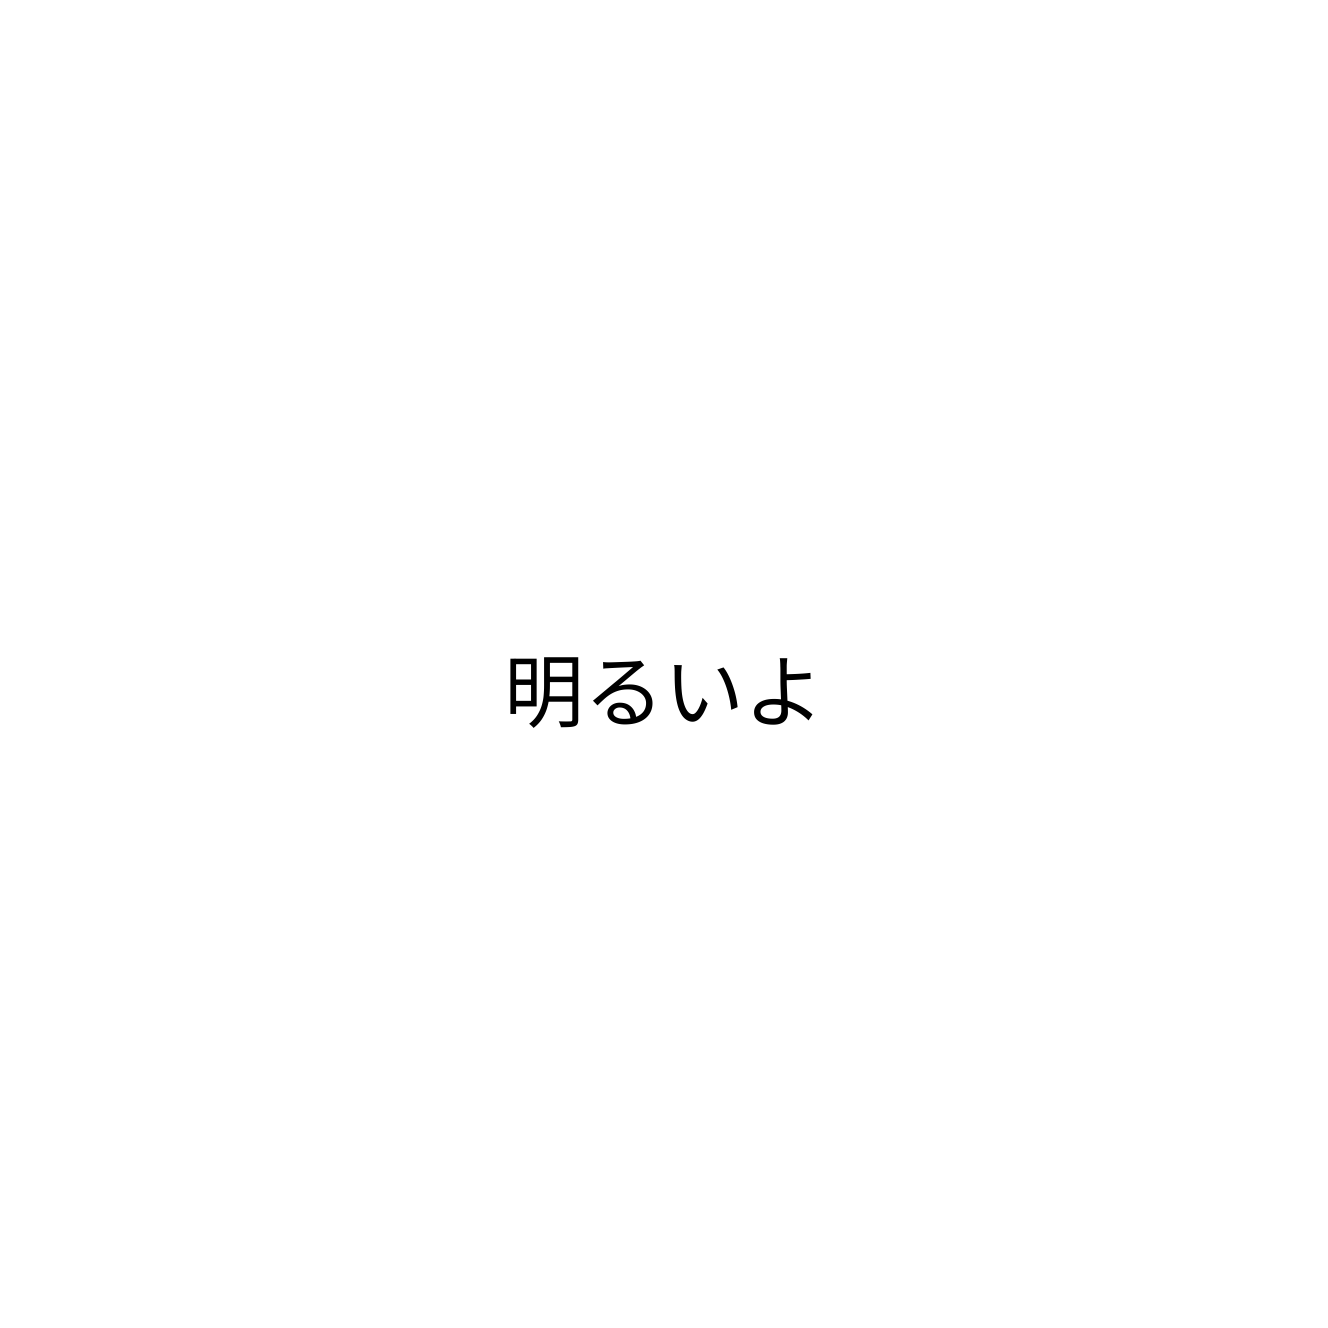
明るいよ